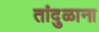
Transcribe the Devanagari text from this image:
तांदुळाना